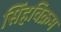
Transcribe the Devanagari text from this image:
सिंहविक्रम